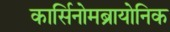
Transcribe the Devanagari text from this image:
कार्सिनोमब्रायोनिक